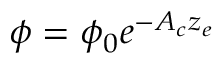
\phi = \phi _ { 0 } e ^ { - A _ { c } z _ { e } }